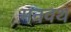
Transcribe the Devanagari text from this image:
मनवथ